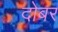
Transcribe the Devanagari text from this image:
दोबर